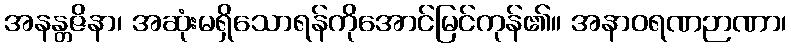
အနန္တဇိနာ၊ အဆုံးမရှိသောရန်ကိုအောင်မြင်ကုန်၏။ အနာဝရဏဉာဏာ၊